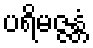
ပရိမဇ္ဇန္တံ